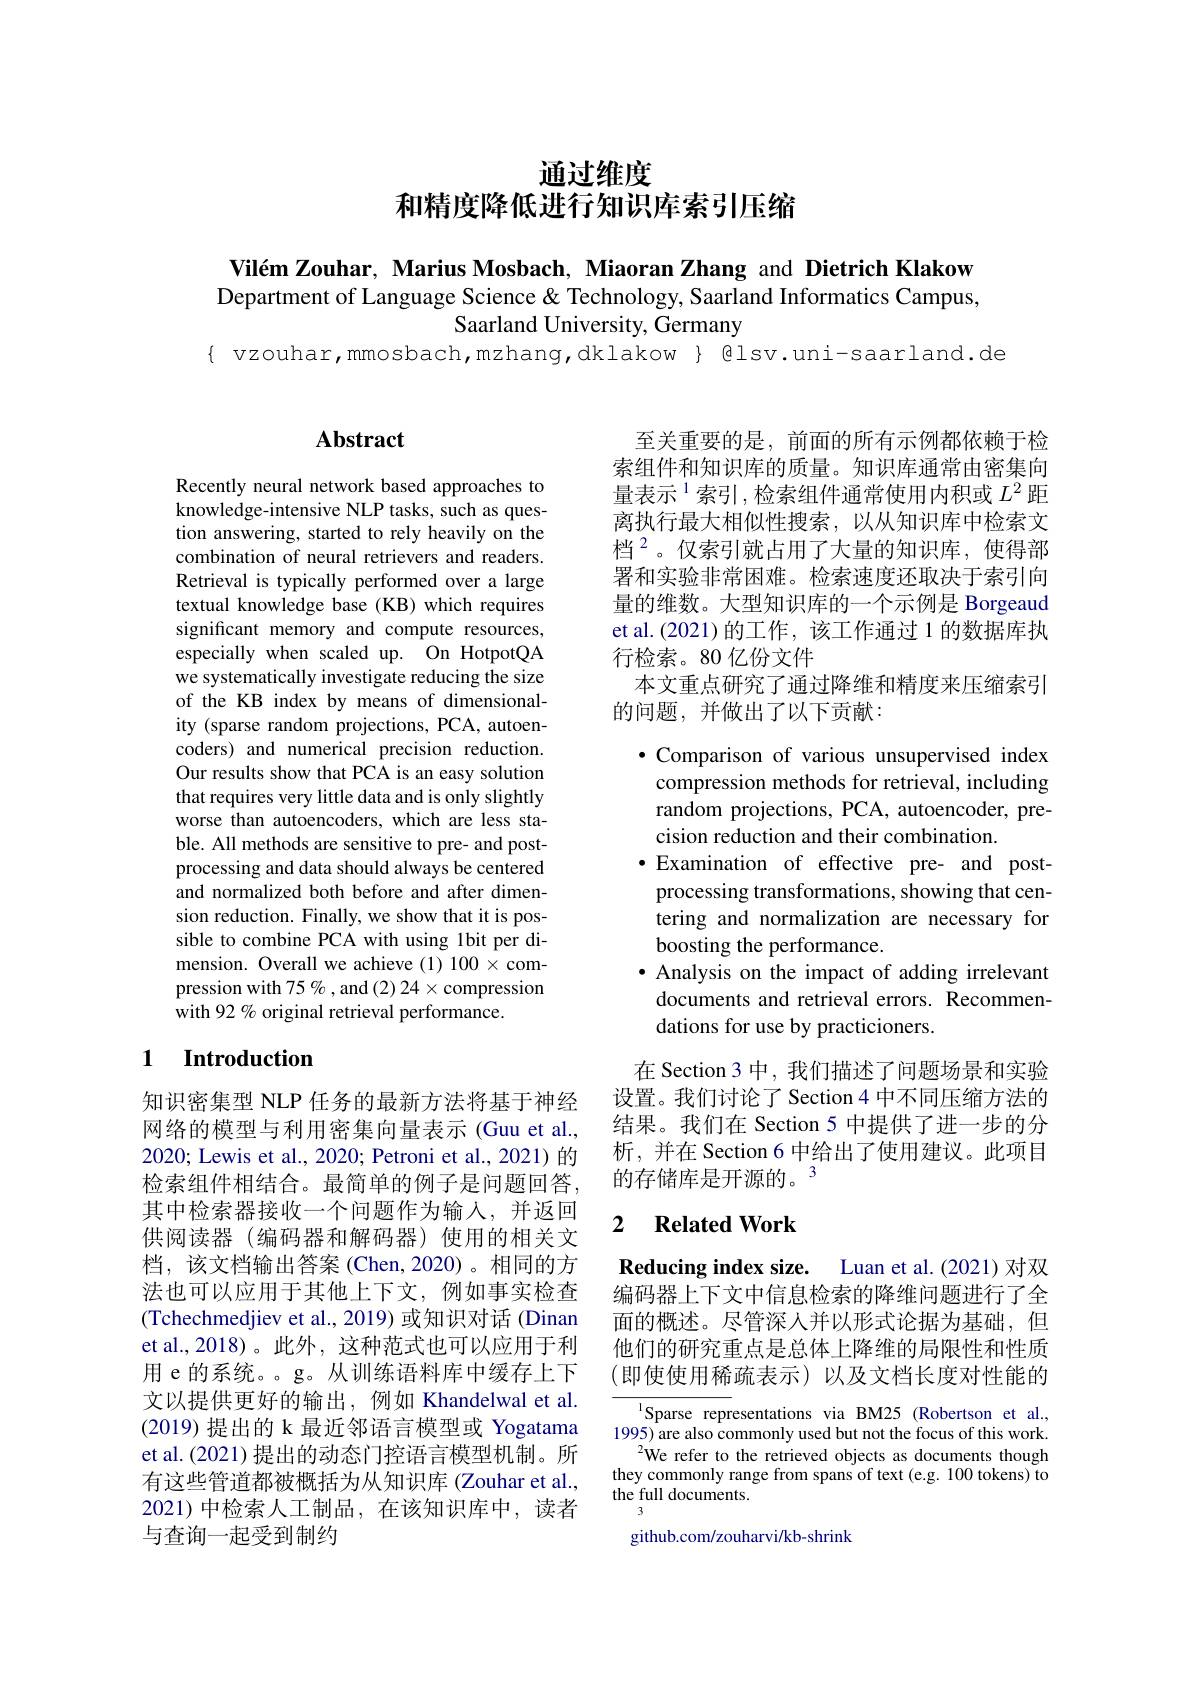
# 通过维度和精度降低进行知识库索引压缩

Vilém Zouhar, Marius Mosbach, Miaoran Zhang and Dietrich Klakow Department of Language Science & Technology, Saarland Informatics Campus,
Saarland University, Germany

$\{$ vzouhar,mmosbach,mzhang,dklakow $\}$ @lsv.uni-saarland.de

## Abstract

Recently neural network based approaches to knowledge-intensive NLP tasks, such as question answering, started to rely heavily on the combination of neural retrievers and readers. Retrieval is typically performed over a large textual knowledge base (KB) which requires significant memory and compute resources, especially when scaled up. On HotpotQA we systematically investigate reducing the size of the KB index by means of dimensionality (sparse random projections, PCA, autoencoders) and numerical precision reduction. Our results show that PCA is an easy solution that requires very little data and is only slightly worse than autoencoders, which are less stable. All methods are sensitive to pre- and postprocessing and data should always be centered and normalized both before and after dimension reduction. Finally, we show that it is possible to combine PCA with using 1bit per dimension. Overall we achieve (1) 100×compression with 75 % , and (2) 24$\times$compression with 92 % original retrieval performance.

### 1 $\textbf{Introduction}$

知识密集型 NLP 任务的最新方法将基于神经网络的模型与利用密集向量表示 (Guu et al., 2020; Lewis et al., 2020; Petroni et al., 2021) 的检索组件相结合。最简单的例子是问题回答其中检索器接收一个问题作为输人，并返回供阅读器 (编码器和解码器) 使用的相关文档，该文档输出答案(Chen,2020)。相同的方法也可以应用于其他上下文，例如事实检查(Tchechmedjiev et al., 2019) 或知识对话 (Dinan et al.,2018)。此外，这种范式也可以应用于利用 e 的系统。。g。从训练语料库中缓存上下文以提供更好的输出，例如 Khandelwal et al. (2019)提出的 k 最近邻语言模型或 Yogatama et al.(2021) 提出的动态门控语言模型机制。所有这些管道都被概括为从知识库 (Zouhar et al., 2021)中检索人工制品，在该知识库中，读者与查询一起受到制约

至关重要的是，前面的所有示例都依赖于检索组件和知识库的质量。知识库通常由密集向量表示$^{1}$索引，检索组件通常使用内积或 $L^2$ 距离执行最大相似性搜索，以从知识库中检索文档$^{2}$。仅索引就占用了大量的知识库，使得部署和实验非常困难。检索速度还取决于索引向量的维数。大型知识库的一个示例是 Borgeaud et al.(2021)的工作，该工作通过 1 的数据库执行检索。80 亿份文件
本文重点研究了通过降维和精度来压缩索引
的问题，并做出了以下贡献：
$\bullet$ Comparison of various unsupervised index
compression methods for retrieval, including random projections, PCA, autoencoder, precision reduction and their combination.
$\bullet$Examination of effective pre- and postprocessing transformations, showing that centering and normalization are necessary for boosting the performance.
· Analysis on the impact of adding irrelevant
documents and retrieval errors. Recommen-
dations for use by practicioners.
在 Section 3 中，我们描述了问题场景和实验

设置。我们讨论了 Section 4 中不同压缩方法的结果。我们在 Section 5 中提供了进一步的分析，并在 Section 6 中给出了使用建议。此项目的存储库是开源的。$^{3}$

### 2 $\textbf{Related Work}$

Reducing index size. Luan et al.(2021)对双编码器上下文中信息检索的降维问题进行了全面的概述。尽管深人并以形式论据为基础，但他们的研究重点是总体上降维的局限性和性质(即使使用稀疏表示)以及文档长度对性能的

Sparse representations via BM25 (Robertson et al. $1995)\ddot{\text{are also commonly used but not the focus of this work}}$
$^{2}$We refer to the retrieved objects as documents though they commonly range from spans of text (e.g. 100 tokens) to the full documents.

github.com/zouharvi/kb-shrink